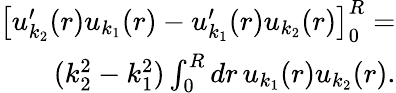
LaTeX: \begin{array}{r}{\left[u_{k_{2}}^{\prime}(r)u_{k_{1}}(r)-u_{k_{1}}^{\prime}(r)u_{k_{2}}(r)\right]_{0}^{R}=}\\ {(k_{2}^{2}-k_{1}^{2})\int_{0}^{R}dr\, u_{k_{1}}(r)u_{k_{2}}(r).}\end{array}